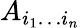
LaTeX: A_{i_{1}\dots i_{n}}